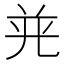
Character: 𭀤